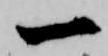
一